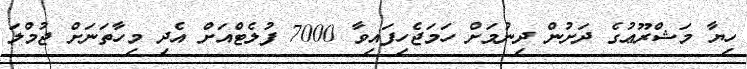
ހިޔާ މަޝްރޫޢުގެ ދަށުން ދިނުމަށް ހަމަޖެހިފައިވާ 7000 ފުލެޓްއަށް އެދި މިހާތަނަށް ޖުމްލަ